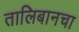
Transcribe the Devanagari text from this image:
तालिबानचा